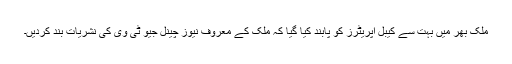
ملک بھر میں بہت سے کیبل آپریٹرز کو پابند کیا گیا کہ ملک کے معروف نیوز چینل جیو ٹی وی کی نشریات بند کردیں۔